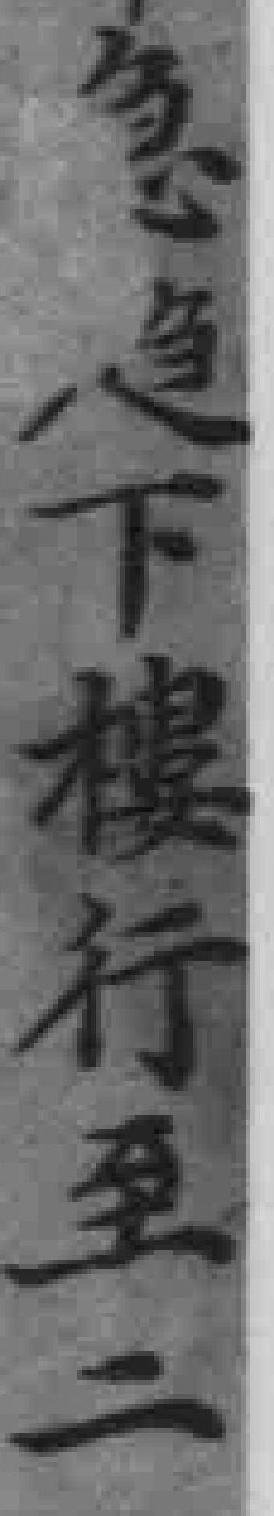
急*下樓行至二